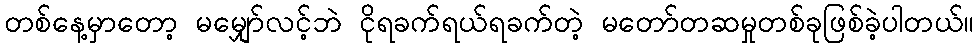
တစ်နေ့မှာတော့ မမျှော်လင့်ဘဲ ငိုရခက်ရယ်ရခက်တဲ့ မတော်တဆမှုတစ်ခုဖြစ်ခဲ့ပါတယ်။